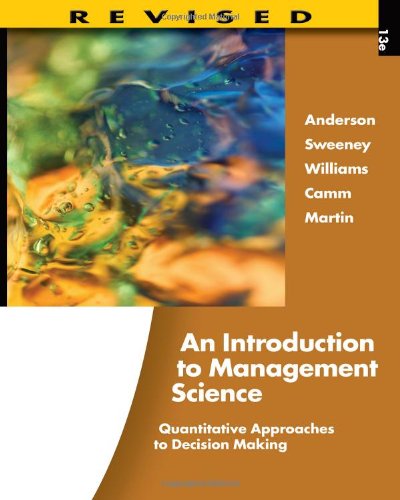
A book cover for An Introduction to Management Science: Quantitative Approaches to Decision Making, Revised (with Microsoft Project and Printed Access Card); David R. Anderson; Science & Math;